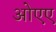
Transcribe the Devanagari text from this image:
ओएए